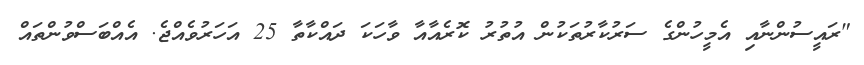
"ރައީސުންނާއި އެމީހުންގެ ސަރުކާރުތަކުން އުތުރު ކޮރެއާއާ ވާހަކަ ދައްކާތާ 25 އަހަރުވެއްޖެ. އެއްބަސްވުންތައް